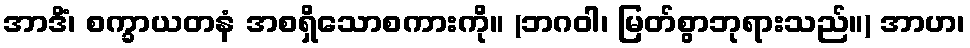
အာဒိံ၊ စက္ခာယတနံ အစရှိသောစကားကို။ (ဘဂဝါ၊ မြတ်စွာဘုရားသည်။) အာဟ၊